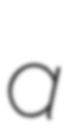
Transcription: a